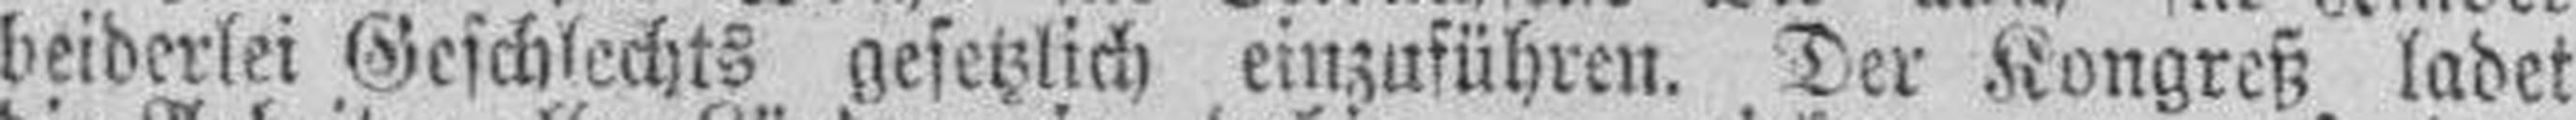
beiderlei Geschlechts gesetzlich einzuführen. Der Kongreß ladet